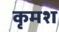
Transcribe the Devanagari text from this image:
कृमश